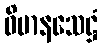
ဝိမာနသေဋ္ဌံ